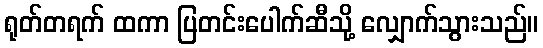
ရုတ်တရက် ထကာ ပြတင်းပေါက်ဆီသို့ လျှောက်သွားသည်။